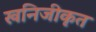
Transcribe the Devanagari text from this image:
खनिजीकृत